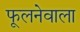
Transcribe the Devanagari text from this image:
फूलनेवाला